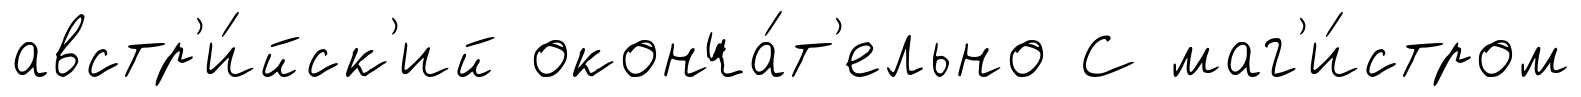
австр'и́йск'ий оконча́т'ельно С маг'и́стром